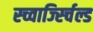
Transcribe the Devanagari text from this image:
स्च्वार्ज्स्चिल्ड